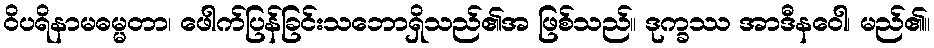
ဝိပရိနာမဓမ္မတာ၊ ဖေါက်ပြန်ခြင်းသဘောရှိသည်၏အ ဖြစ်သည်။ ဒုက္ခဿ အာဒီနဝေါ၊ မည်၏။